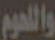
واللحوم